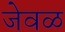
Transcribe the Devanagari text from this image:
जेवळ